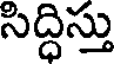
సిద్ధిస్తు